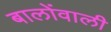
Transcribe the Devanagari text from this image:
बालोंवाली